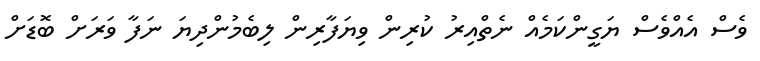
ވެސް އެއްވެސް ޔަގީންކަމެއް ނެތްއިރު ކުރިން ވިޔަފާރިން ލިބެމުންދިޔަ ނަފާ ވަރަށް ބޮޑަށް